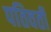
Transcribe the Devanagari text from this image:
पतिवर्ती